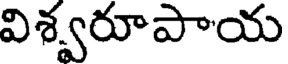
విశ్వరూపాయ